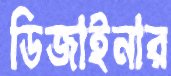
ডিজাইনার